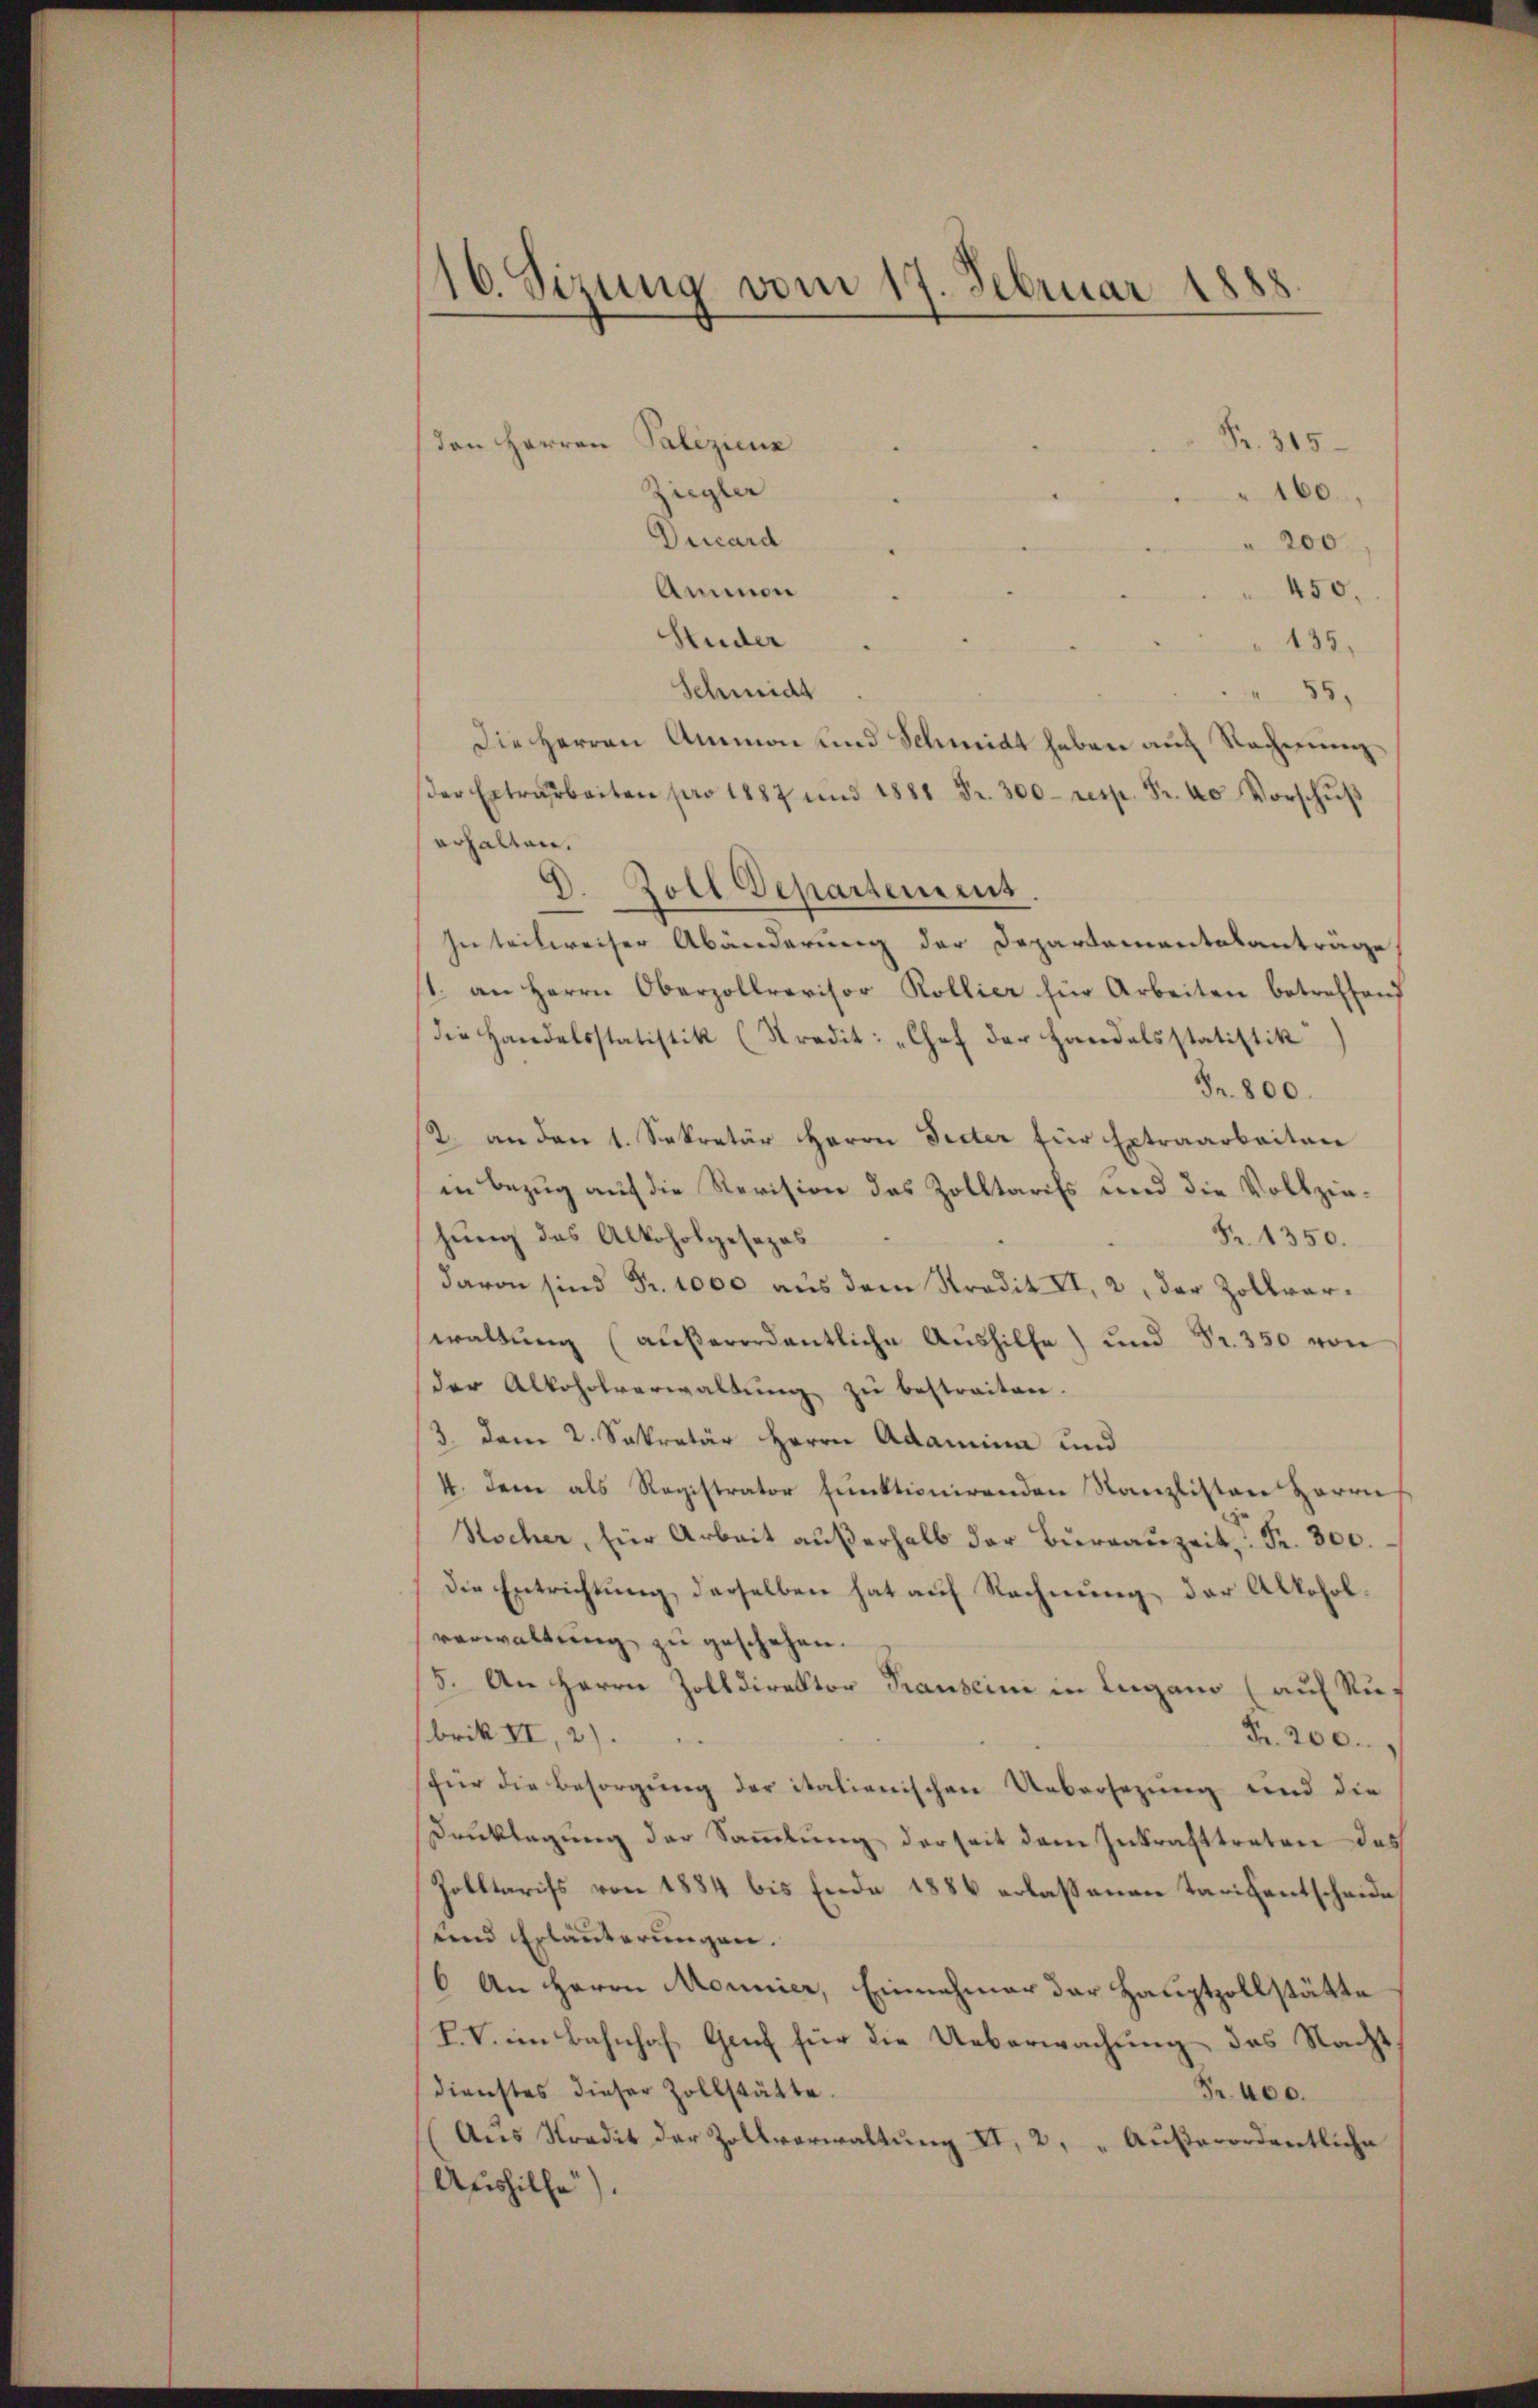
den Herren Palizienz
Fr. 315
Ziegler
160.
Ducard
200.
Ammon
450.
Huder
135.
Schmidt
55.
Die Herren Ammon und Schmidt haben auch Rachenunder Extrarbeiten pro 1887 und 1881 Fr. 300 resp. Fr. 40. Vorschŭβ
erhalten.
D. Zoll Departement
In teilweiser Abänderung der Departementalanträge,
1. an Herrn Oberzollrevisor Kollier für Arbeiten betreffend
die Handelsstatistik (Kredit: „Chef der Handelsstatistik
Fr. 800.
2. an den 1. Sekretär Herrn Seiter für Extraarbeiten
in Bezug auf die Revision des Zolltarifs und die Vollziehung des Alkoholgesezes
Fr. 1350.
davon sind Fr. 1000 aus dem Kredit II, 2, der Zollverwaltung (außerordentliche Aushilfe) und Fr. 350 von
der Alkoholverwaltŭng zu bestreiten.
3. dem 2. Sekretär Herrn Adamina und
4. Denn als Registrator funktionirenden Kanzlisten Herrn
Stscher, für Arbeit außerhalb der Bureauzeit, u. Fr. 300.
Die Entrichtung derselben hat auf Rechnung der Alkoholverwaltung zu geschehen.
5. An Herrn Zolldirektor Transcini in Lugano (auf Ruf
brik II, 2)
Fr. 200.
für die Besorgŭng der italienischen Uebersezung und die
Drucklegung der Sammlung derseit dem Inkrafttreten des
Zolltarifs von 1884 bis Ende 1886 erlassenen Tarifentscheide
und Erläuterungen.
6 An Herrn Monnier, Einnahmer der Hauptzollstätte
L.V. im Bahnhof Genf für die Ueberwachung des Nacht
dienstes dieser Zollstätte.
Fr. 400.
(Aus Stradit der Zollverwaltung II, 2, „Außerordentliche
Aushilfe).

16. Sizung vom 17. Februar 1888